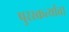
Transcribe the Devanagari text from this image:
पुरस्कर्त्यांचा